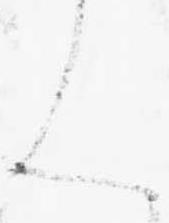
ん